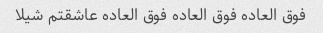
فوق العاده فوق العاده فوق العاده عاشقتم شیلا